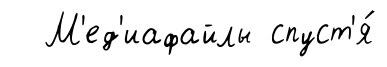
М'ед'иафайлы спуст'я́